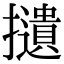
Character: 𢸦